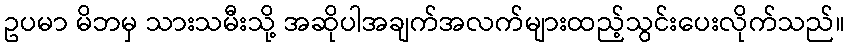
ဥပမာ မိဘမှ သားသမီးသို့ အဆိုပါအချက်အလက်များထည့်သွင်းပေးလိုက်သည်။